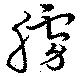
艣